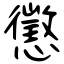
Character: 懲